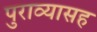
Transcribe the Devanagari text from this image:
पुराव्यासह